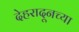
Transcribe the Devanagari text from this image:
देहरादूनच्या